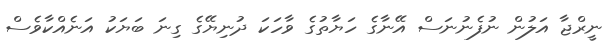
ނީރްޖާ އަލުން ނުފެނުނަސް އޭނާގެ ހަޔާތުގެ ވާހަކަ ދުނިޔޭގެ ގިނަ ބަޔަކު އަނެއްކާވެސް